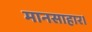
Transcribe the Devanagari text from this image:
मानसाहार।